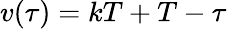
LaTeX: v(\tau)=kT+T-\tau